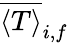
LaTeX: \overline{{\langle T\rangle}}_{i,f}